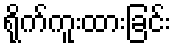
ရိုက်ကူးထားခြင်း